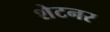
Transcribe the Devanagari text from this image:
शेटनर